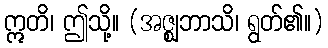
ဣတိ၊ ဤသို့။ (အဇ္ဈဘာသိ၊ ရွတ်၏။)